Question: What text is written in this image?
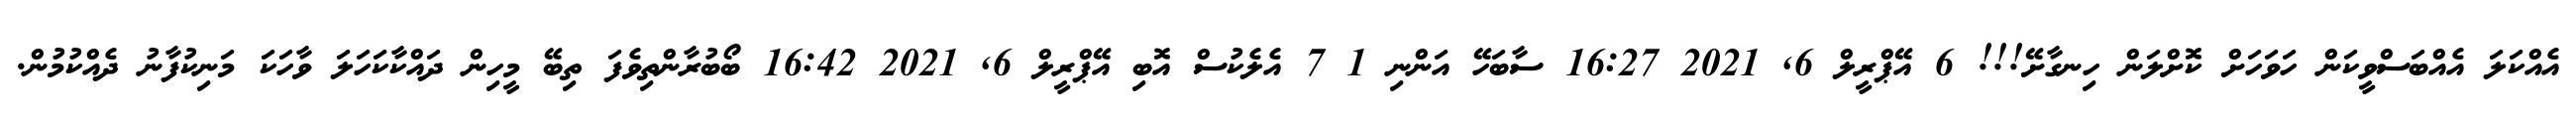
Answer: އެއްކަލަ އެއްބަސްވީކަން ހަވަހަށް ކޮށްލަން ހިނގާށޭ!!! 6 އޭޕްރީލް 6, 2021 16:27 ސާބަހޭ އަންނި 1 7 އެލެކުސް އޮބި އޭޕްރީލް 6, 2021 16:42 ބޯބުރާންތިވެފަ ތިބޭ މީހިން ދައްކާކަހަލަ ވާހަކަ މަނިކުފާނު ދެއްކުމުން.